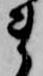
ま